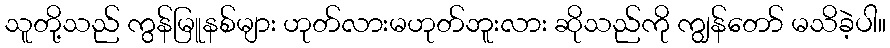
သူတို့သည် ကွန်မြူနစ်များ ဟုတ်လားမဟုတ်ဘူးလား ဆိုသည်ကို ကျွန်တော် မသိခဲ့ပါ။